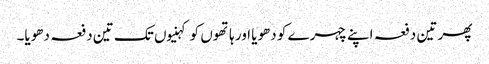
پھر تین دفعہ اپنے چہرے کو دھویا اور ہاتھوں کو کہنیوں تک تین دفعہ دھویا۔